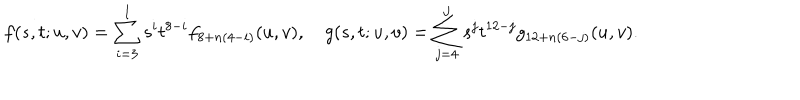
f ( s , t ; u , v ) = \sum _ { i = 3 } ^ { I } s ^ { i } t ^ { 8 - i } f _ { 8 + n ( 4 - i ) } ( u , v ) , ~ g ( s , t ; u , v ) = \sum _ { j = 4 } ^ { J } s ^ { j } t ^ { 1 2 - j } g _ { 1 2 + n ( 6 - j ) } ( u , v ) .